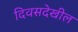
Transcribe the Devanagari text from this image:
दिवसदेखील